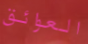
العوائق